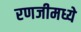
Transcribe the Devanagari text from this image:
रणजीमध्ये